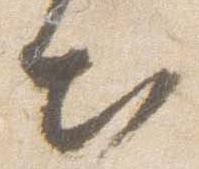
出